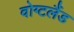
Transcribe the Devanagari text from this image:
वोग्टलैंड